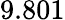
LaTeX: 9.801